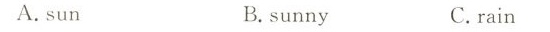
A.sun B.sunny C.rain